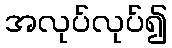
အလုပ်လုပ်၍